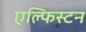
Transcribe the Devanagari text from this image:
एल्फिस्टन